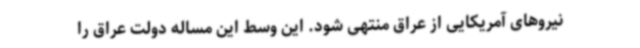
نیروهای آمریکایی از عراق منتهی شود. این وسط این مساله دولت عراق را